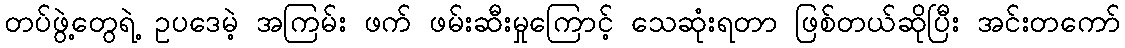
တပ်ဖွဲ့တွေရဲ့ ဥပဒေမဲ့ အကြမ်း ဖက် ဖမ်းဆီးမှုကြောင့် သေဆုံးရတာ ဖြစ်တယ်ဆိုပြီး အင်းတကော်